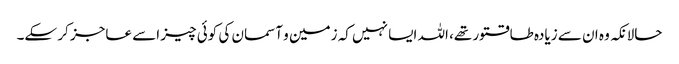
حالانکہ وہ ان سے زیادہ طاقتور تھے، اللہ ایسا نہیں کہ زمین و آسمان کی کوئی چیز اسے عاجز کر سکے۔